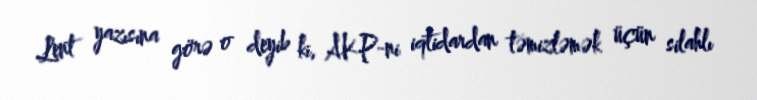
Lent yazısına görə o deyib ki, AKP-ni iqtidardan təmizləmək üçün silahlı